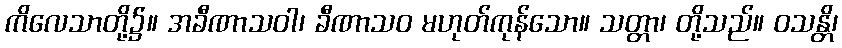
ကိလေသာတို့၌။ အခီဏာသဝါ၊ ခီဏာသဝ မဟုတ်ကုန်သော။ သတ္တာ၊ တို့သည်။ ဝသန္တိ၊